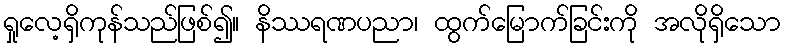
ရှုလေ့ရှိကုန်သည်ဖြစ်၍။ နိဿရဏပညာ၊ ထွက်မြောက်ခြင်းကို အလိုရှိသော